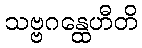
သဗ္ဗဂန္ထေဟီတိ